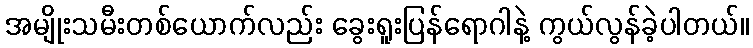
အမျိုးသမီးတစ်ယောက်လည်း ခွေးရူးပြန်ရောဂါနဲ့ ကွယ်လွန်ခဲ့ပါတယ်။